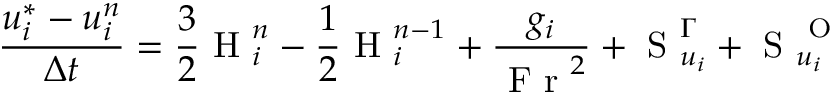
\frac { u _ { i } ^ { * } - u _ { i } ^ { n } } { \Delta t } = \frac { 3 } { 2 } \mathrm { ~ H ~ } _ { i } ^ { n } - \frac { 1 } { 2 } \mathrm { ~ H ~ } _ { i } ^ { n - 1 } + \frac { g _ { i } } { \mathrm { ~ F ~ r ~ } ^ { 2 } } + \mathrm { ~ S ~ } _ { u _ { i } } ^ { \Gamma } + \mathrm { ~ S ~ } _ { u _ { i } } ^ { \mathrm { ~ O ~ } }